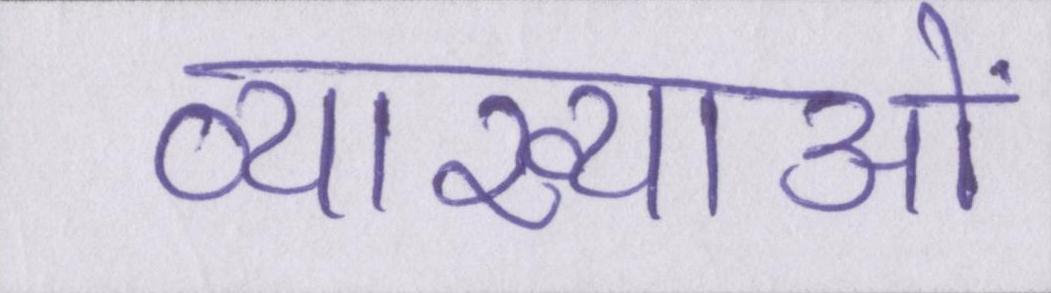
व्याख्याओं